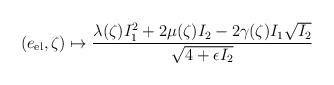
LaTeX: \begin{align*}(e_\mathrm{el},\zeta)\mapsto\frac{\lambda(\zeta)I_1^2+2\mu(\zeta)I_2-2\gamma(\zeta)I_1\sqrt{I_2}}{\sqrt{4+\epsilon I_2}}\end{align*}